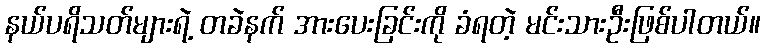
နယ်ပရိသတ်များရဲ့ တခဲနက် အားပေးခြင်းကို ခံရတဲ့ မင်းသားဦးဖြစ်ပါတယ်။